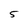
Character: 5